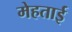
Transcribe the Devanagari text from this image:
मेहताई